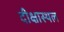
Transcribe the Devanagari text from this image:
दीक्षास्थल